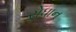
રોધાન